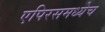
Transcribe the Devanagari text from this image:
एपिरसमध्येच